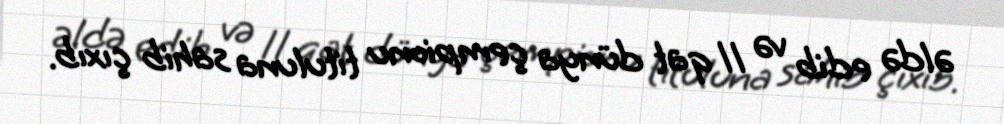
əldə edib və 11 qat dünya çempionu tituluna sahib çıxıb.